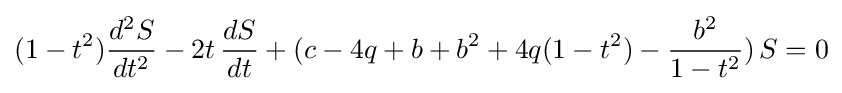
(1-t^{2}){\frac {d^{2}S}{dt^{2}}}-2t\,{\frac {dS}{dt}}+(c-4q+b+b^{2}+4q(1-t^{2})-{\frac {b^{2}}{1-t^{2}}})\,S=0